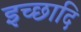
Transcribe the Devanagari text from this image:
इच्छादि